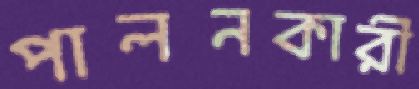
পালনকারী